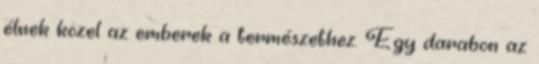
élnek közel az emberek a természethez. Egy darabon az